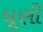
ધૂણી